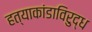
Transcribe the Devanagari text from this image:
हत्याकांडाविरुद्ध